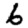
Digit: 6